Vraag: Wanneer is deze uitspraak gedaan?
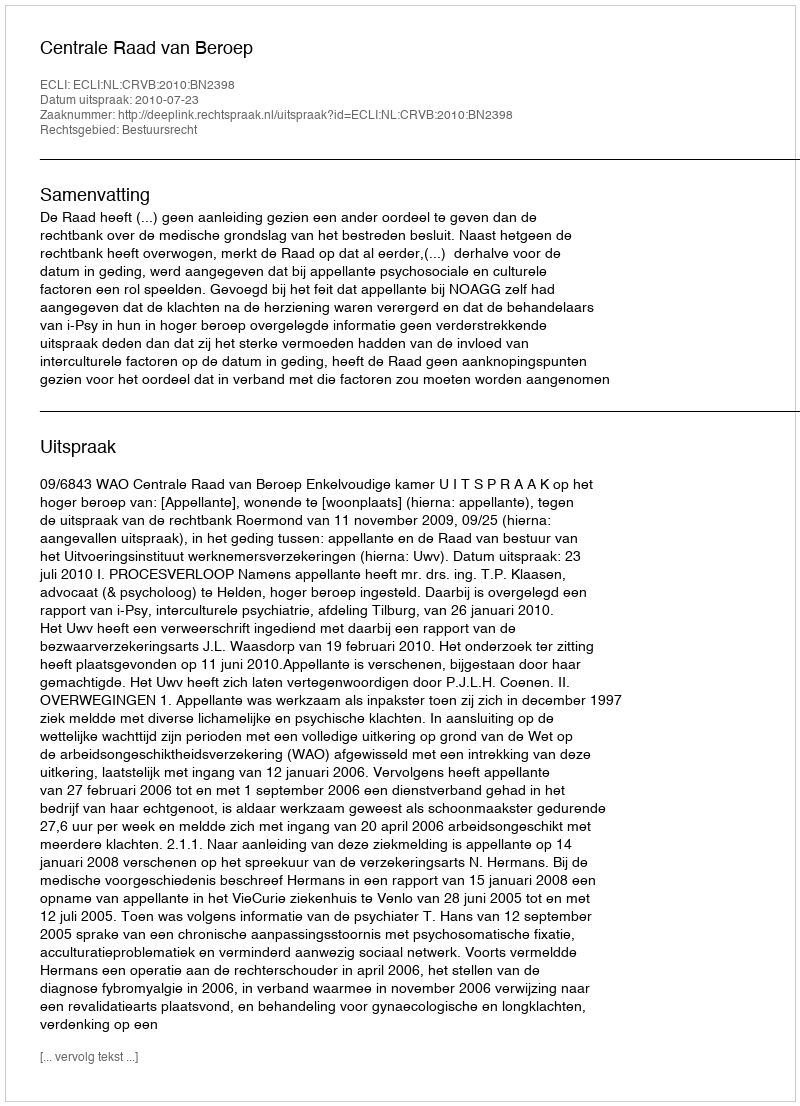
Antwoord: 2010-07-23